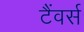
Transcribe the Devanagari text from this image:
टैंवर्स